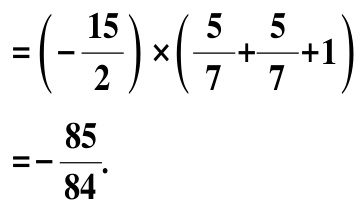
\[
\begin{align*}
&=\left(-\frac{15}{2}\right)\times\left(\frac{5}{7}+\frac{5}{7}+1\right)\\
&=-\frac{85}{84}.
\end{align*}
\]